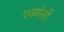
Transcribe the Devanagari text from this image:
एवगेनी